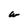
Character: w